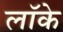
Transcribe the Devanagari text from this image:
लाॅके